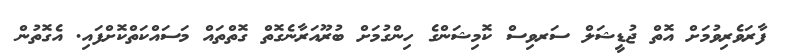
ފާރަވެރިވުމަށް އޮތް ޖުޑީޝަލް ސަރވިސް ކޮމިޝަންގެ ހިންގުމަށް ބުރޫއަރާނެގޮތް ގޮތްތައް މަސައްކަތްކޮށްފައި. އެގޮތުން